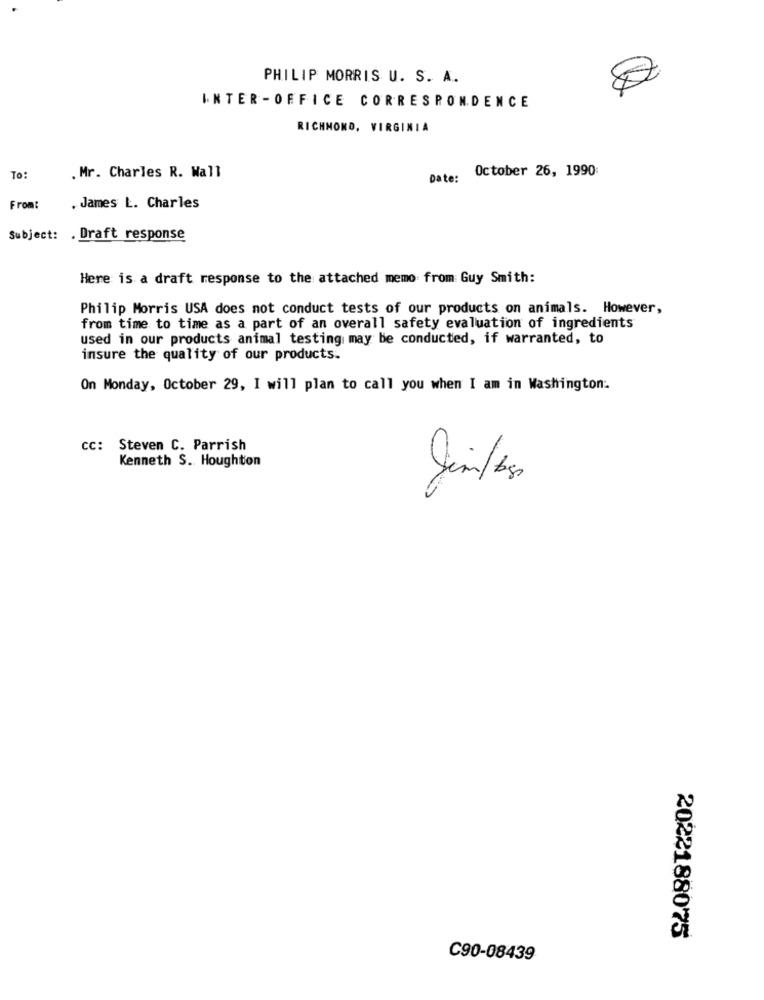
PHILIP MORRIS U. S. A.
INTER -OFFICE CORRESPONDENCE
RICHMOND, VIRGINIA
October 26, 1990
To:
. Mr. Charles R. Wall
Date:
From:
. James L. Charles
Subject: . Draft response
Here is a draft response to the attached memo from Guy Smith:
Philip Morris USA does not conduct tests of our products on animals. However,
from time to time as a part of an overall safety evaluation of ingredients
used in our products animal testing may be conducted, if warranted, to
insure the quality of our products.
On Monday, October 29, I will plan to call you when I am in Washington:
Cc: Steven C. Parrish
Kenneth S. Houghton
2022188075
C90-08439